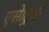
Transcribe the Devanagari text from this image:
एसेंट्रिक